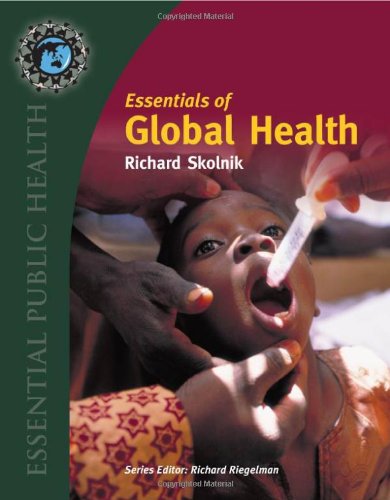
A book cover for Essentials Of Global Health (Essential Public Health); Richard Skolnik; Medical Books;